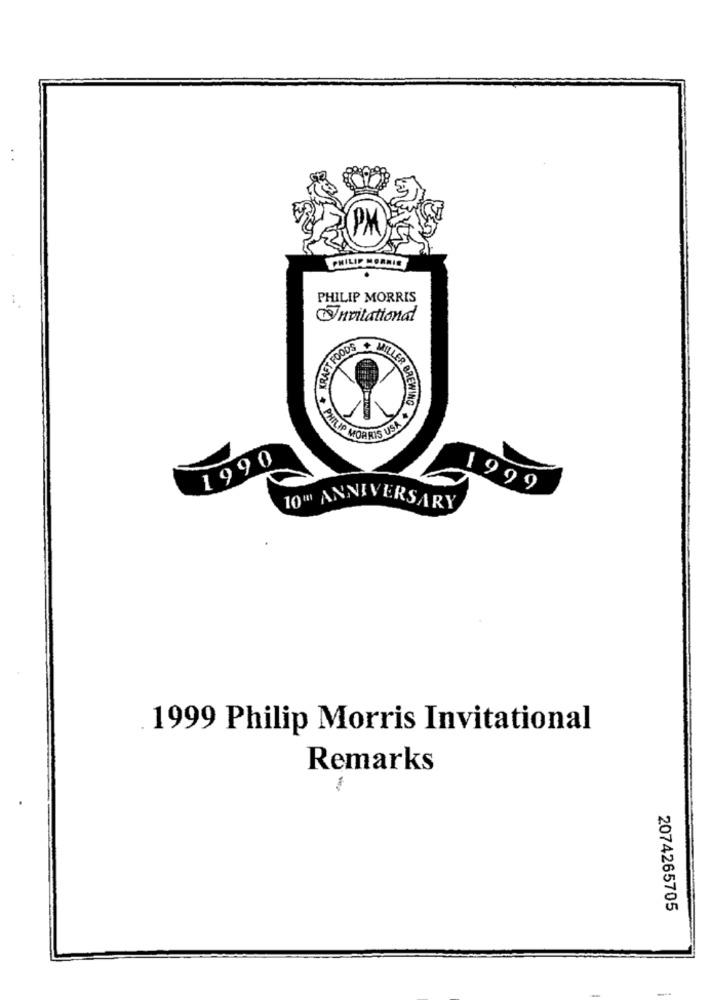
PHILIP MORRIS
PHILIP MORRIS
Invitational
KRAFT FOODS
ILLER BREWING
PHILIP MORRIS USA
1990
1999
10" ANNIVERSARY
1999 Philip Morris Invitational
Remarks
2074265705